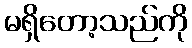
မရှိတော့သည်ကို